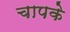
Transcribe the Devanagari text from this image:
चापके